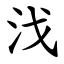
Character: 㳀